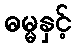
ဓမ္မနှင့်